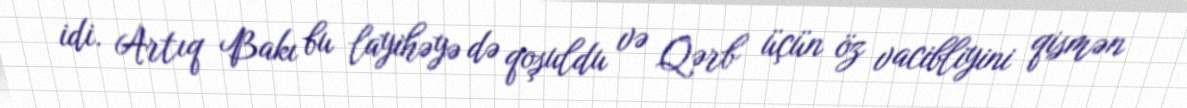
idi. Artıq Bakı bu layihəyə də qoşuldu və Qərb üçün öz vacibliyini qismən